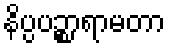
နိပ္ပပဉ္စာရာမတာ